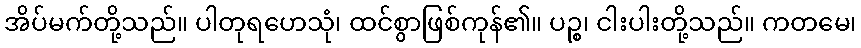
အိပ်မက်တို့သည်။ ပါတုရဟေသုံ၊ ထင်စွာဖြစ်ကုန်၏။ ပဉ္စ၊ ငါးပါးတို့သည်။ ကတမေ၊